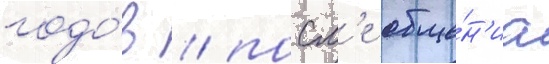
годо́в / посл'е обще́н'иа